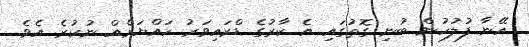
އޭނާ ފުލުހުން ބުނި ގޮތުގައި އެ ކާރުގެ ޑްރައިވަރު ހައްޔަރެއް ނުކުރެ އެވެ.